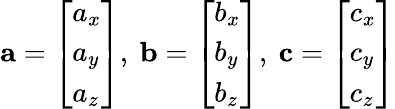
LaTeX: \mathbf{a}={\left[\begin{array}{l}{a_{x}}\\ {a_{y}}\\ {a_{z}}\end{array}\right]},\ \mathbf{b}={\left[\begin{array}{l}{b_{x}}\\ {b_{y}}\\ {b_{z}}\end{array}\right]},\ \mathbf{c}={\left[\begin{array}{l}{c_{x}}\\ {c_{y}}\\ {c_{z}}\end{array}\right]}